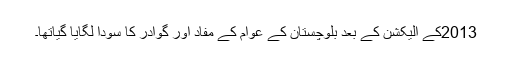
2013کے الیکشن کے بعد بلوچستان کے عوام کے مفاد اور گوادر کا سودا لگایا گیاتھا۔